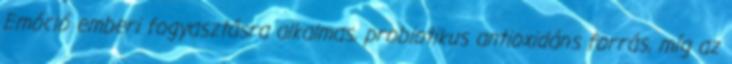
Emóció emberi fogyasztásra alkalmas, probiotikus antioxidáns forrás, míg az